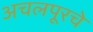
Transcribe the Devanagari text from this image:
अचलपूरचे